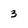
Character: 3